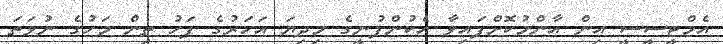
އެމްޓީސީސީ އިން އާންމުކޮށްފައިވާ އެކުންފުނީގެ މިދިޔަ އަހަރުގެ ފަހު ތިން މަހުގެ ނުވަަތަ